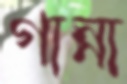
গান্না